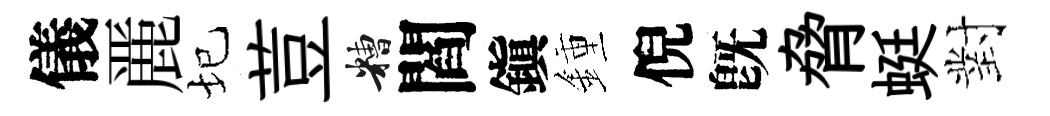
儀䴡圮荳糟閻鎭鍾倪旣脅蜓對